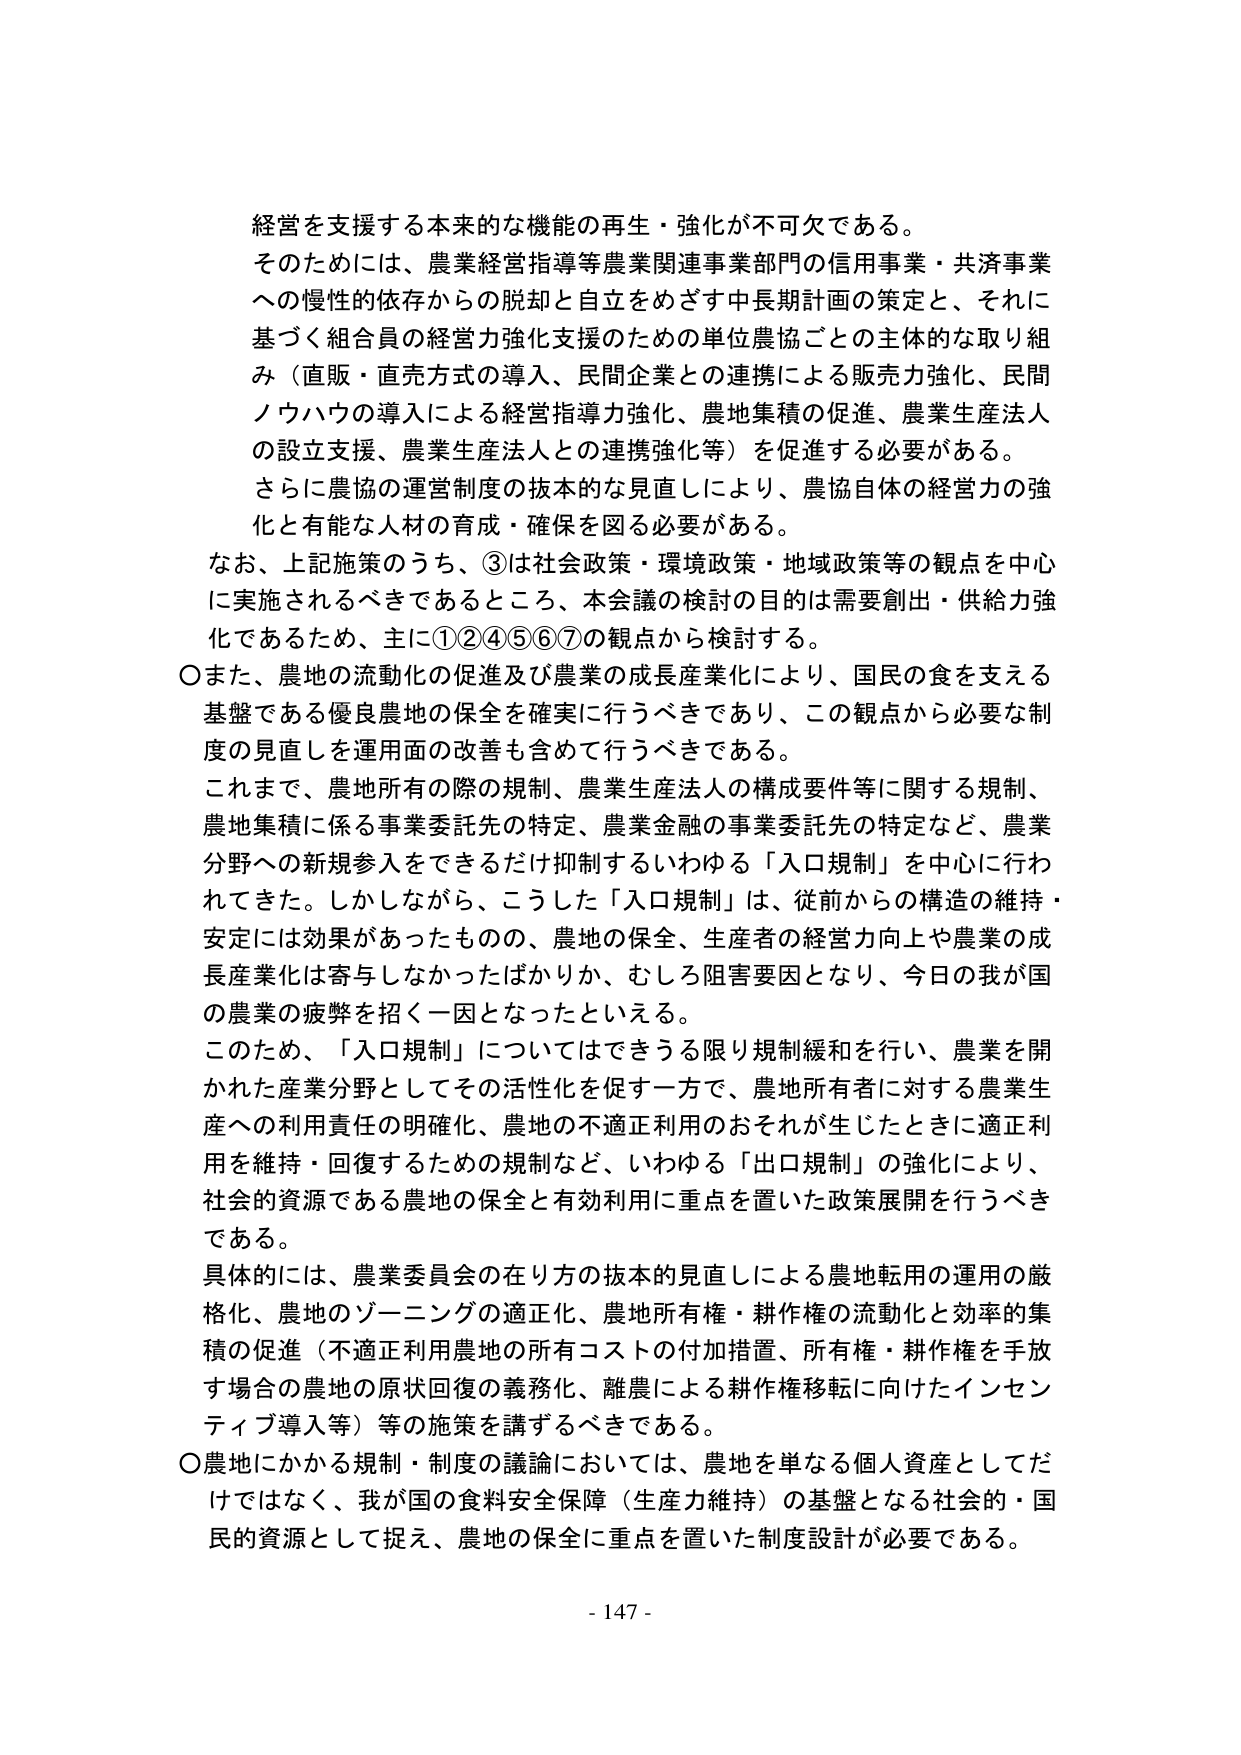
経営を支援する本来的な機能の再生・強化が不可欠である。
そのためには、農業経営指導等農業関連事業部門の信用事業・共済事業への慢性的依存からの脱却と自立をめざす中長期計画の策定と、それに基づく組合員の経営力強化支援のための単位農協ごとの主体的な取り組み（直販・直売方式の導入、民間企業との連携による販売力強化、民間ノウハウの導入による経営指導力強化、農地集積の促進、農業生産法人の設立支援、農業生産法人との連携強化等）を促進する必要がある。
さらに農協の運営制度の抜本的な見直しにより、農協自体の経営力の強化と有能な人材の育成・確保を図る必要がある。
なお、上記施策のうち、③は社会政策・環境政策・地域政策等の観点を中心に実施されるべきであるところ、本会議の検討の目的は需要創出・供給力強化であるため、主に①②④⑤⑥⑦の観点から検討する。
〇また、農地の流動化の促進及び農業の成長産業化により、国民の食を支える基盤である優良農地の保全を確実に行うべきであり、この観点から必要な制度の見直しを運用面の改善も含めて行うべきである。
これまで、農地所有の際の規制、農業生産法人の構成要件等に関する規制、農地集積に係る事業委託先の特定、農業金融の事業委託先の特定など、農業分野への新規参入をできるだけ抑制するいわゆる「入口規制」を中心に行われてきた。しかしながら、こうした「入口規制」は、従前からの構造の維持・安定には効果があったものの、農地の保全、生産者の経営力向上や農業の成長産業化は寄与しなかったばかりか、むしろ阻害要因となり、今日の我が国の農業の疲弊を招く一因となったといえる。
このため、「入口規制」についてはできる限り規制緩和を行い、農業を開かれた産業分野としてその活性化を促す一方で、農地所有者に対する農業生産への利用責任の明確化、農地の不適正利用のおそれが生じたときに適正利用を維持・回復するための規制など、いわゆる「出口規制」の強化により、社会的資源である農地の保全と有効利用に重点を置いた政策展開を行うべきである。
具体的には、農業委員会の在り方の抜本的見直しによる農地転用の運用の厳格化、農地のゾーニングの適正化、農地所有権・耕作権の流動化と効率的集積の促進（不適正利用農地の所有コストの付加措置、所有権・耕作権を手放す場合の農地の原状回復の義務化、離農による耕作権移転に向けたインセンティブ導入等）等の施策を講ずるべきである。
〇農地にかかる規制・制度の議論においては、農地を単なる個人資産としてだけではなく、我が国の食料安全保障（生産力維持）の基盤となる社会的・国民的資源として捉え、農地の保全に重点を置いた制度設計が必要である。
- 147 -